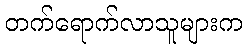
တက်ရောက်လာသူများက